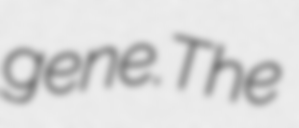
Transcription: gene.The